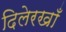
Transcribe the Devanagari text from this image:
दिलेरखाँ